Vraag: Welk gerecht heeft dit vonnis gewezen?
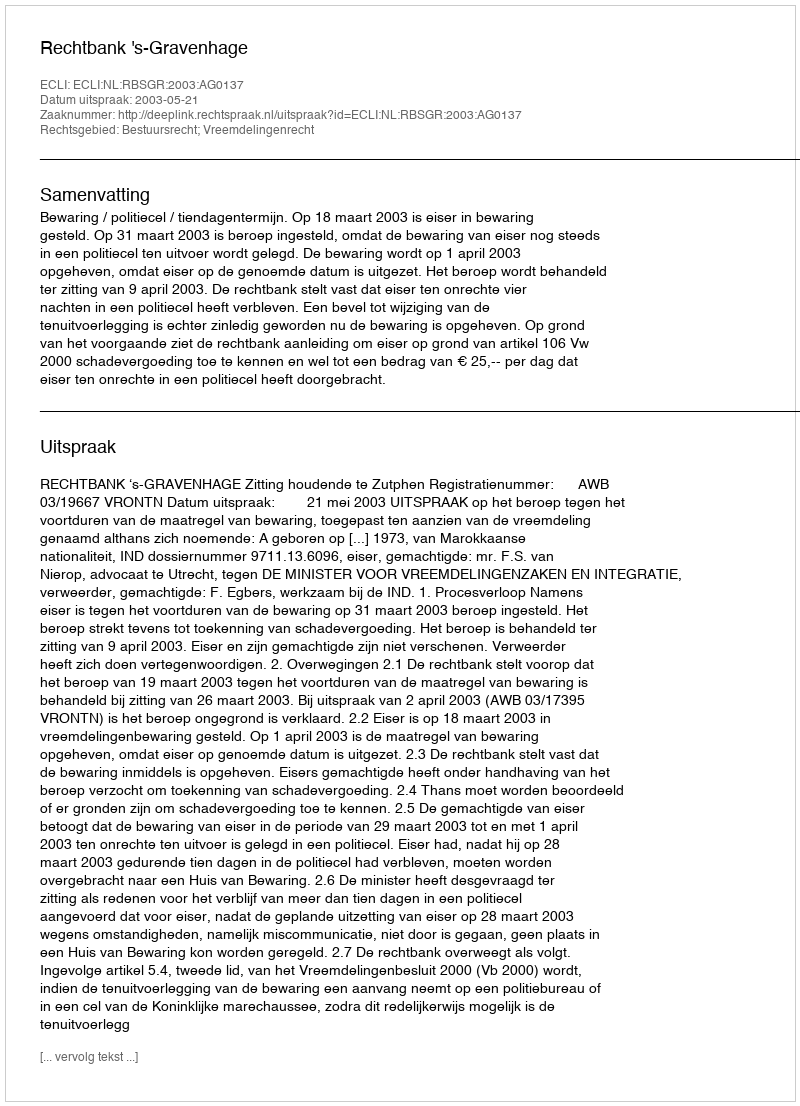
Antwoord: Rechtbank 's-Gravenhage